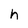
Character: h